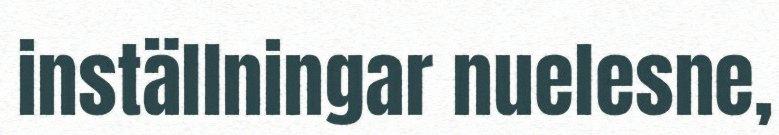
inställningar nuelesne,